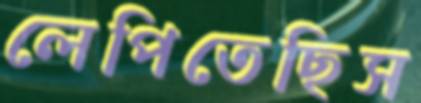
লেপিতেছিস